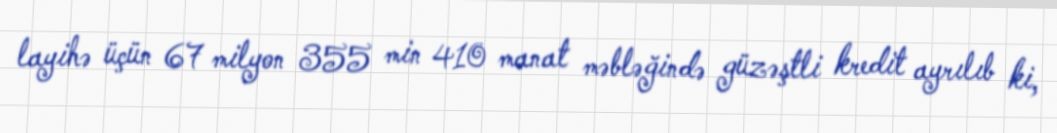
layihə üçün 67 milyon 355 min 410 manat məbləğində güzəştli kredit ayrılıb ki,